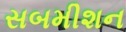
સબમીશન